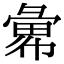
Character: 𢑭